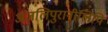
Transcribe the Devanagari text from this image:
अंजलिपुरानीलिपि